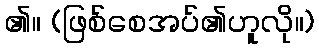
၏။ (ဖြစ်စေအပ်၏ဟူလို။)